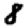
Digit: 8